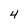
Character: 4